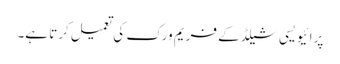
پرائیویسی شیلڈ کے فریم ورک کی تعمیل کرتا ہے۔